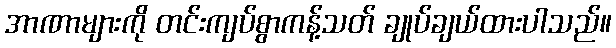
အာဏာများကို တင်းကျပ်စွာကန့်သတ် ချုပ်ချယ်ထားပါသည်။